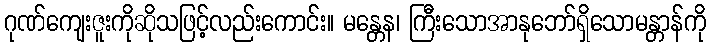
ဂုဏ်ကျေးဇူးကိုဆိုသဖြင့်လည်းကောင်း။ မန္တေန၊ ကြီးသောအာနုဘော်ရှိသောမန္တာန်ကို